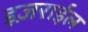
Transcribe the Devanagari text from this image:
इज़राईल